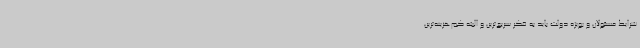
شرایط مسئولان و بویژه دولت باید به فکر سریع‌ترین و البته کم‌هزینه‌ترین